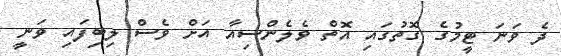
ދެ ވަނަ ޓީމުގެ ގޮތުގައި އޮތް ވެލެންސިއާ އަށް ވެސް ލިބިފައި ވަނީ